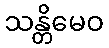
သန္တိမေဝ